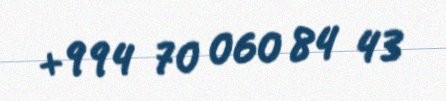
+994 70 060 84 43